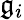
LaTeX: \mathfrak{g}_{i}